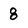
Character: 8